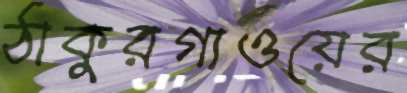
ঠাকুরগাওয়ের